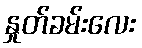
နှုတ်ခမ်းလေး